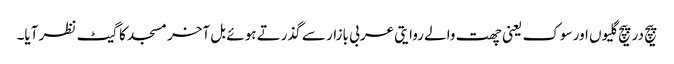
پیچ در پیچ گلیوں اور سوک یعنی چھت والے روایتی عربی بازار سے گذرتے ہوئے بل آخر مسجد کا گیٹ نظر آیا۔